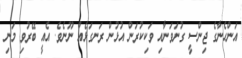
އަންހެނާގެ ޖިންސީ ގުނަވަނާއި ވަކިކުރަން އުޅުން ރަނގަޅެއް ނޫނެވެ. އެއީ ބޭރުވި މަނި